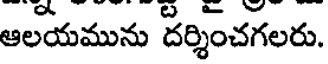
ఆలయమును దర్శించగలరు.